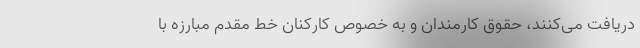
دریافت می‌کنند،‌ حقوق کارمندان و به خصوص کارکنان خط مقدم مبارزه با